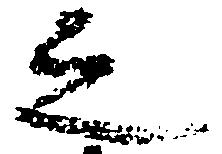
之